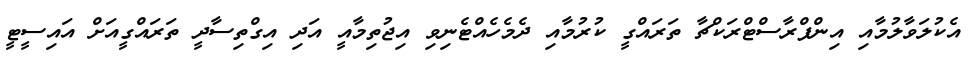
އެކުލަވާލުމާއި އިންފްރާސްޓްރަކްޗާ ތަރައްގީ ކުރުމާއި ދެމެހެއްޓެނިވި އިޖުތިމާއީ އަދި އިގްތިސާދީ ތަރައްގީއަށް އައިސީޓީ